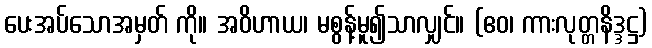
ပေးအပ်သောအမှတ် ကို။ အဝိဟာယ၊ မစွန့်မူ၍သာလျှင်။ (ဧဝ၊ ကားလုတ္တနိဒ္ဒဋ္ဌ)